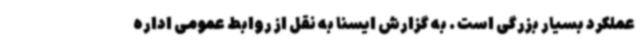
عملکرد بسیار بزرگی است . به گزارش ایسنا به نقل از روابط عمومی اداره